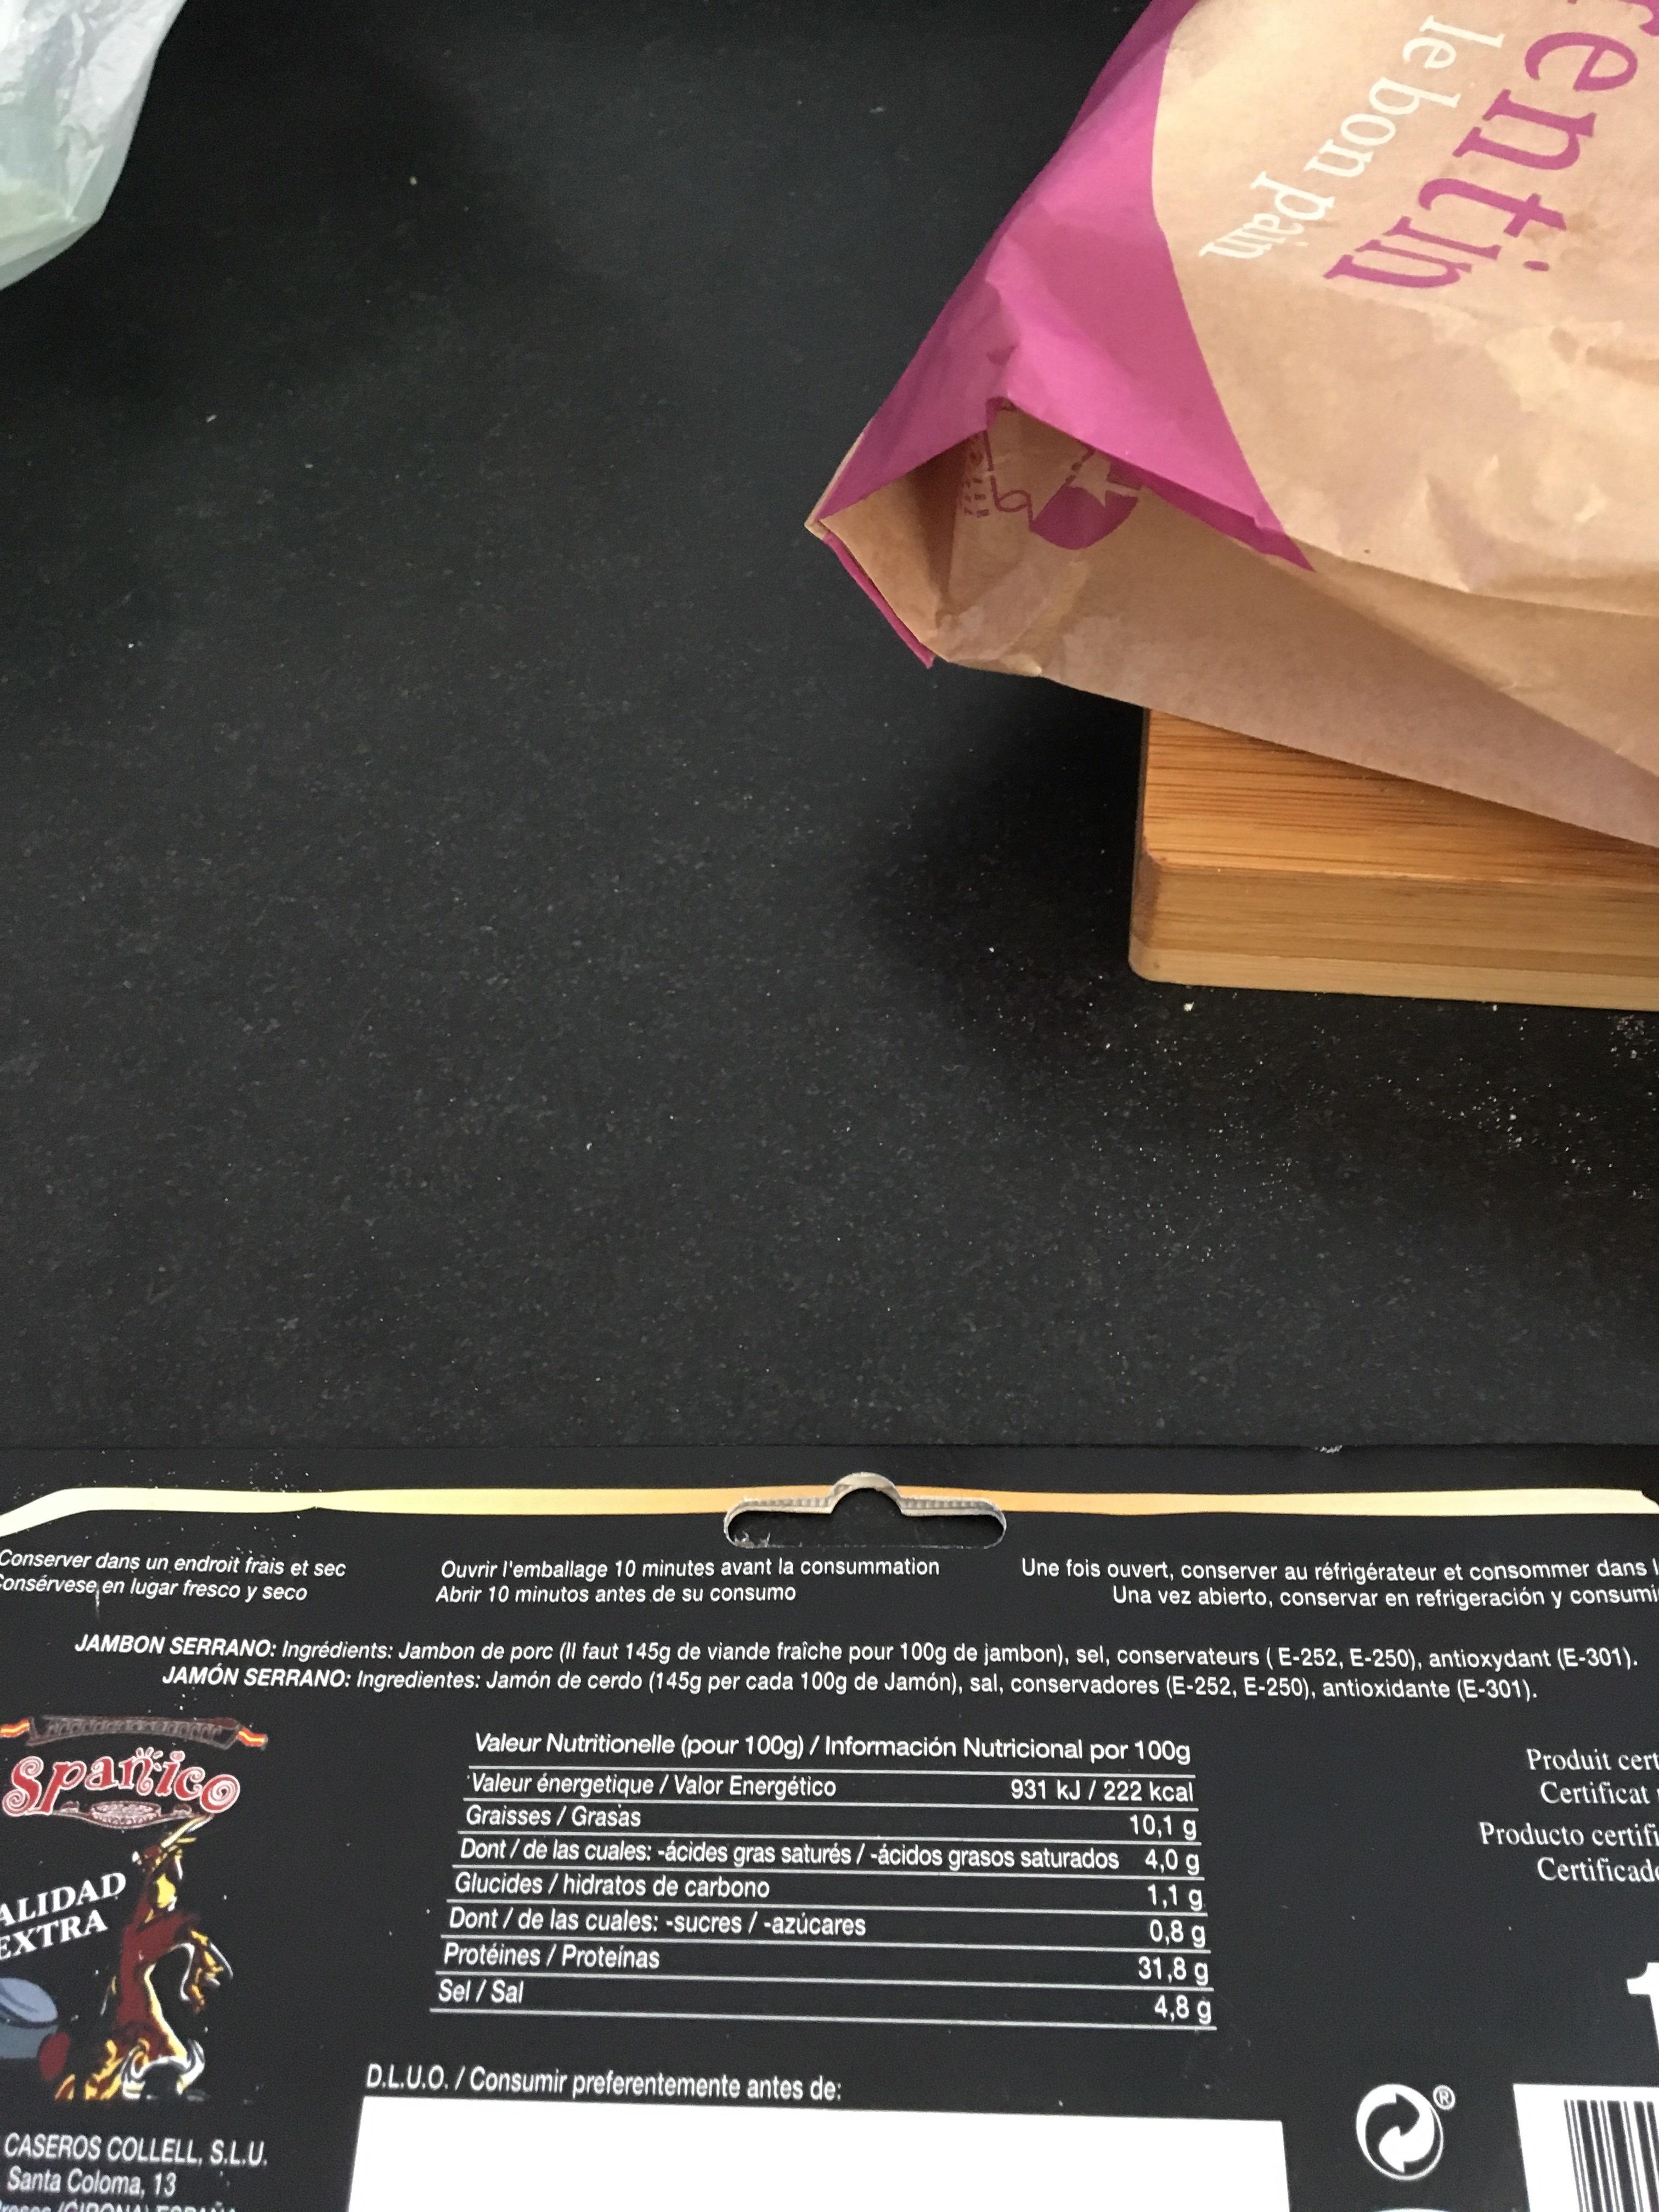
Conserver dans un endroit frais et sec Consérvese en lugar fresco y seco
ALIDAD
EXTRA
Ouvrir l'emballage 10 minutes avant la consummation Abrir 10 minutos antes de su consumo
30
CASEROS COLLELL, S.L.U.
Santa Coloma, 13
Freses (CIDO
ned to a
JAMBON SERRANO: Ingrédients: Jambon de porc (Il faut 145g de viande fraîche pour 100g de jambon), sel, conservateurs (E-252, E-250), antioxydant (E-301). JAMÓN SERRANO: Ingredientes: Jamón de cerdo (145g per cada 100g de Jamón), sal, conservadores (E-252, E-250), antioxidante (E-301).
Spartico
D.L.U.O./Consumir preferentemente antes de:
entin
Une fois ouvert, conserver au réfrigérateur et consommer dans l Una vez abierto, conservar en refrigeración y consumi
Valeur Nutritionelle (pour 100g) / Información Nutricional por 100g Valeur énergetique / Valor Energético 931 kJ/ 222 kcal 10,1 g
Graisses/Grasas
Dont/de las cuales: -ácides gras saturés/ -ácidos grasos saturados 4,0 g Glucides/hidratos de carbono
1,1 g
Dont/ de las cuales: -sucres/ -azúcares Protéines/Proteínas
0,8 g 31,8 g 4,8 g
Sel / Sal
Produit cert Certificat Producto certifi
Certificado